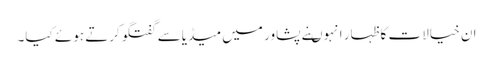
ان خیالات کا ظہار انہوںنے پشاور میں میڈیاسے گفتگوکرتے ہوئے کیا۔